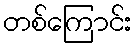
တစ်ကြောင်း